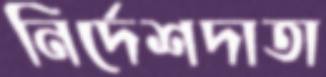
নির্দেশদাতা